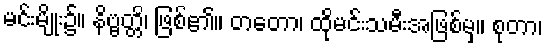
မင်းမျိုး၌။ နိဗ္ဗတ္တိ၊ ဖြစ်၏။ တတော၊ ထိုမင်းသမီးအဖြစ်မှ။ စုတာ၊